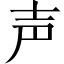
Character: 声